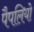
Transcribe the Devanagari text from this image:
पैपलियो